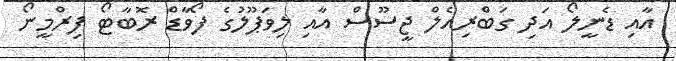
އާއި ޑެނީލޯ އަދި ގަބްރިއެލް ޖީސޫސް އާއި ލިވަޕޫލުގެ ފޯވާޑް ރޮބާޓޯ ފިރްމީނޯ